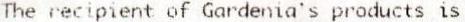
THE RECIPIENT OF GARDENIA'S PRODUCTS IS